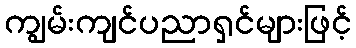
ကျွမ်းကျင်ပညာရှင်များဖြင့်